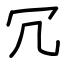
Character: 冗